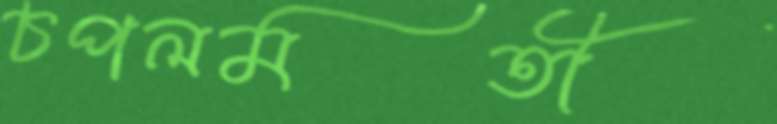
চপলমতী